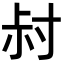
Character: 𡬧